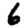
Digit: 6